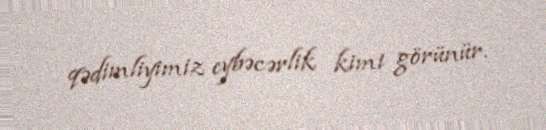
qədimliyimiz eybəcərlik kimi görünür.